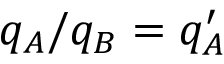
q _ { A } / q _ { B } = q _ { A } ^ { \prime }